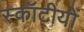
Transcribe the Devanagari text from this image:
स्कॉटीयों